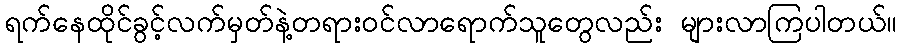
ရက်နေထိုင်ခွင့်လက်မှတ်နဲ့တရားဝင်လာရောက်သူတွေလည်း များလာကြပါတယ်။